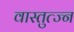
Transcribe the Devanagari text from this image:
वास्तुत्ज्न